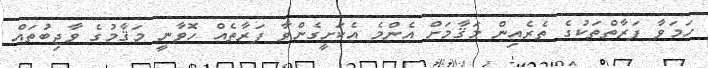
ހަމަވާ ފަރާތްތަކުގެ ތެރެއިން މަޤާމަށް އެންމެ އެކަށީގެންވާ ފަރާތެއް ހޮވާނީ މަޤާމުގެ ވާޖިބުތައް